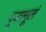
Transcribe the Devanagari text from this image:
पूजामूलं